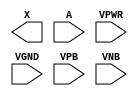
module sky130_fd_sc_hdll__buf (
    X   ,
    A   ,
    VPWR,
    VGND,
    VPB ,
    VNB
);

    output X   ;
    input  A   ;
    input  VPWR;
    input  VGND;
    input  VPB ;
    input  VNB ;
endmodule